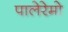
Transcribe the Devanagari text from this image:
पालेरेमो